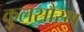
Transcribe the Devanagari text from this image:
कुलसौरभ